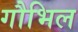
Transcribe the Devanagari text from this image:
गौभिल